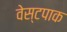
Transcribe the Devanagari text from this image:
वेस्टपाक